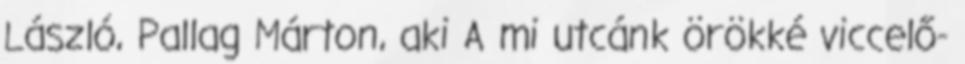
László, Pallag Márton, aki A mi utcánk örökké viccelő-